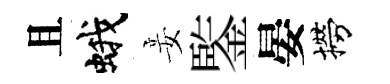
且蛾妾鍳晏撈